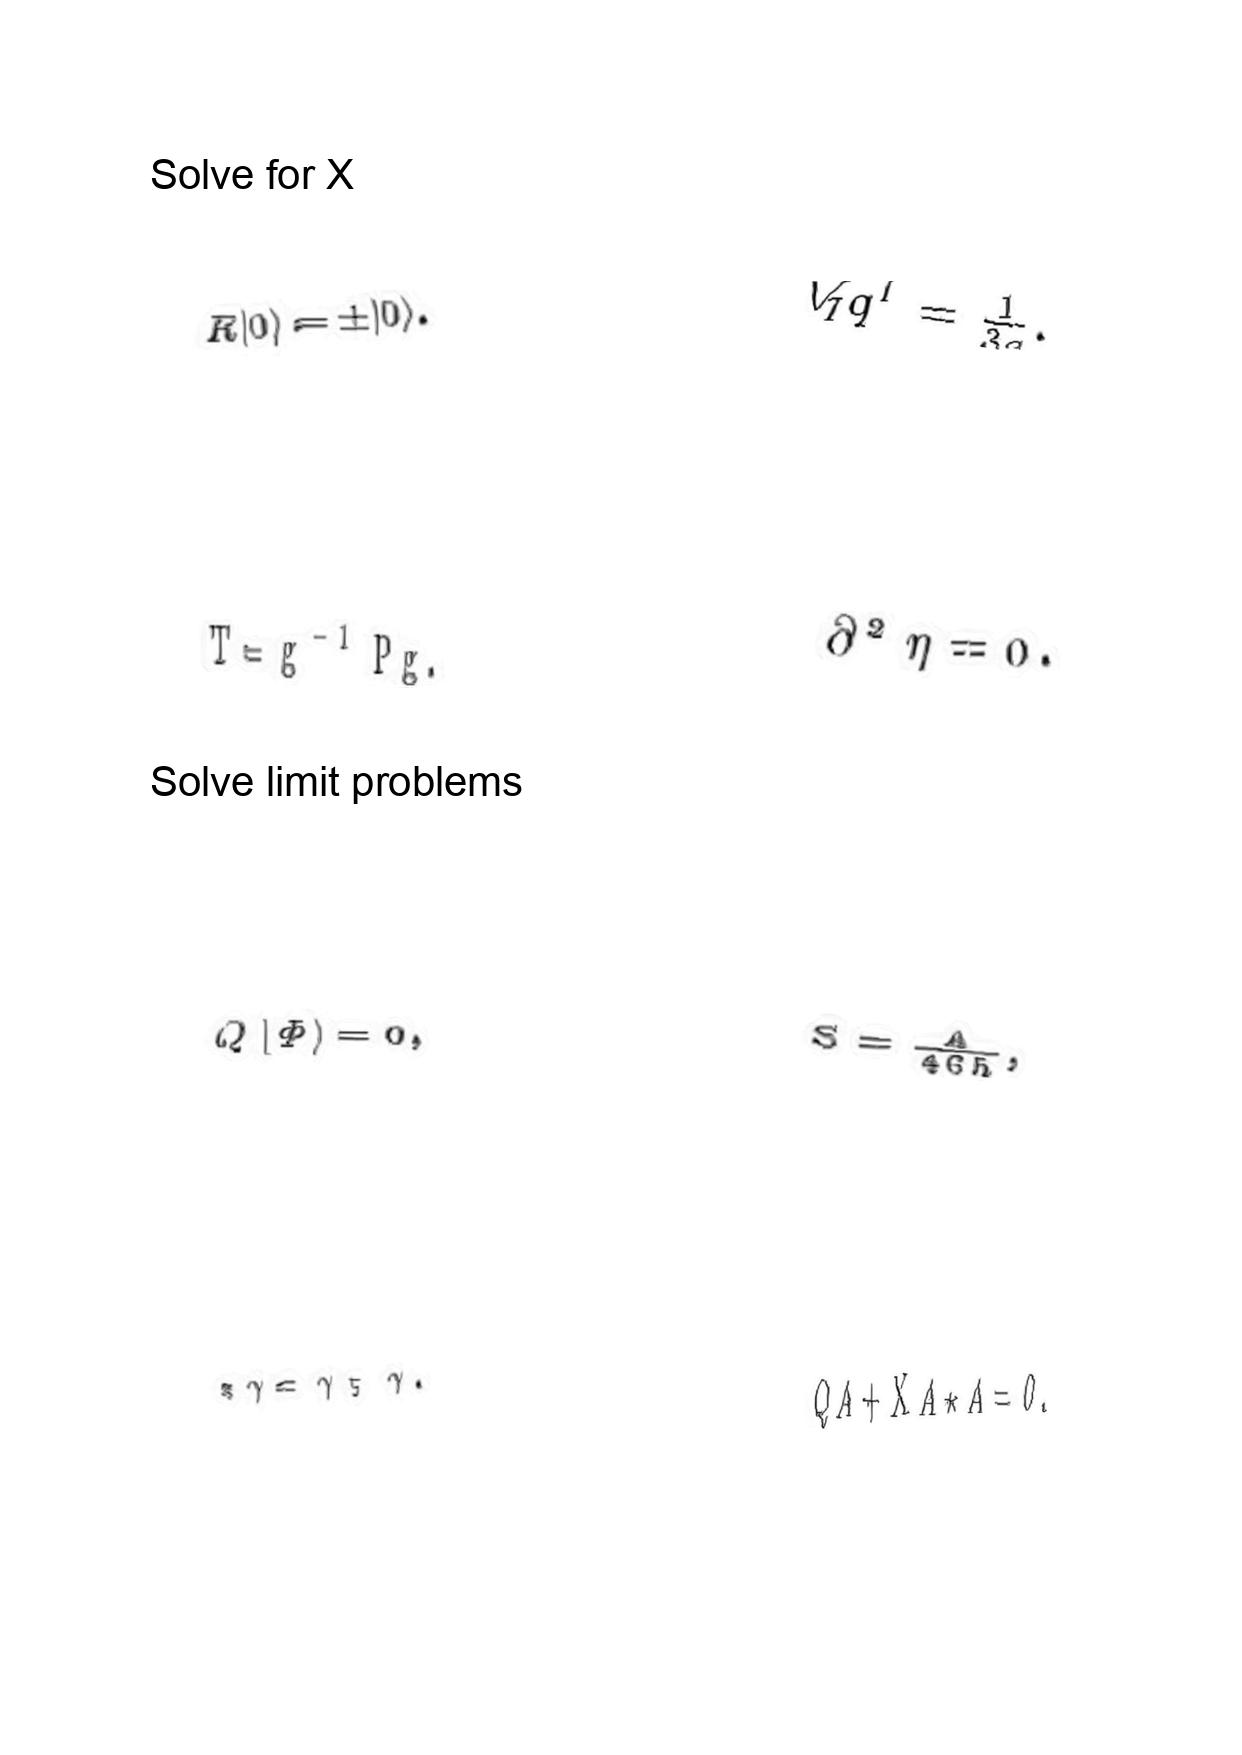
LaTeX transcription:
R \vert 0 \rangle = \pm \vert 0 \rangle .
T = g ^ { - 1 } P g .
Q \vert \Phi \rangle = 0 ,
\ast \gamma = \gamma _ { 5 } \gamma .
V _ { I } q ^ { I } = \frac { 1 } { 3 g } .
\partial ^ { 2 } \eta = 0 .
S = \frac { A } { 4 G \hbar } ,
Q A + \mathrm { X } A \star A = 0 .